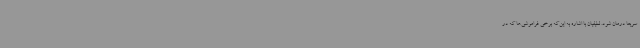
سریعاً درمان شود. لطیفیان با اشاره به این‌که برخی فراموشی‌ها که در